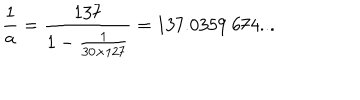
{ \frac { 1 } { a } } = { \frac { 1 3 7 } { 1 - { \frac { 1 } { 3 0 \times 1 2 7 } } } } = 1 3 7 . 0 3 5 9 \ 6 7 4 . . . \nonumber